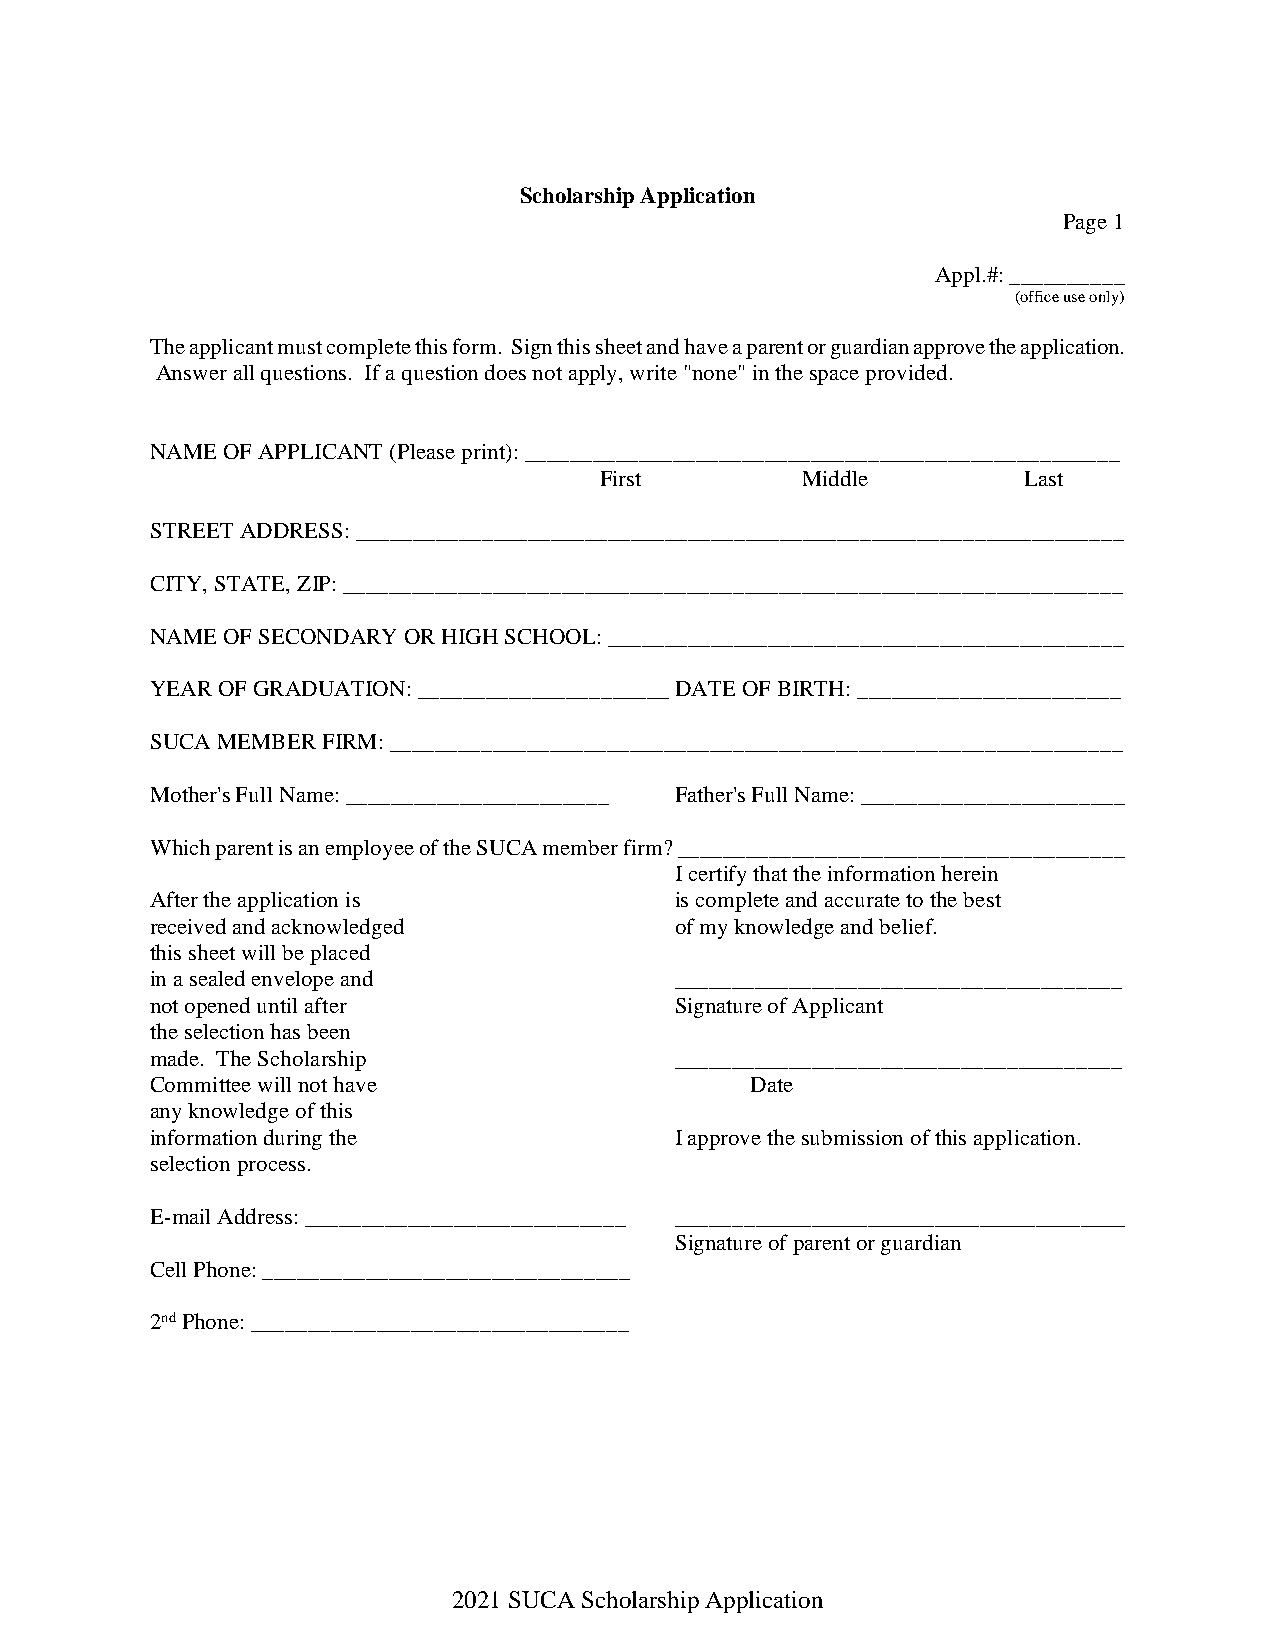
Scholarship Application
 Page 1
 Appl.#: __________
 (office use only)
 The applicant must complete this form. Sign this sheet and have a parent or guardian approve the application.
 Answer all questions. If a question does not apply, write "none" in the space provided.
 NAME OF APPLICANT (Please print): ____________________________________________________
 First        Middle         Last
 STREET ADDRESS: ___________________________________________________________________
 CITY, STATE, ZIP: ____________________________________________________________________
 NAME OF SECONDARY OR HIGH SCHOOL: _____________________________________________
 YEAR OF GRADUATION: ______________________ DATE OF BIRTH: _______________________
 SUCA MEMBER FIRM: ________________________________________________________________
 Mother's Full Name: _______________________ Father's Full Name: _______________________
 Which parent is an employee of the SUCA member firm? _______________________________________
 I certify that the information herein
 After the application is           is complete and accurate to the best
 received and acknowledged          of my knowledge and belief.
 this sheet will be placed
 in a sealed envelope and           _______________________________________
 not opened until after             Signature of Applicant
 the selection has been
 made. The Scholarship              _______________________________________
 Committee will not have                 Date
 any knowledge of this
 information during the             I approve the submission of this application.
 selection process.
 E-mail Address: ____________________________ ________________________________________
 Signature of parent or guardian
 Cell Phone: ________________________________
 2nd Phone: _________________________________
 2021 SUCA Scholarship Application